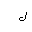
Letter: _lam